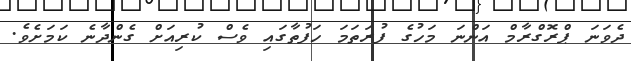
ދެވަނަ ޕްރޮގްރާމް އަންނަ މަހުގެ ފުރަތަމަ ހަފުތާގައި ވެސް ކުރިއަށް ގެންދާނެ ކަމަށެވެ.